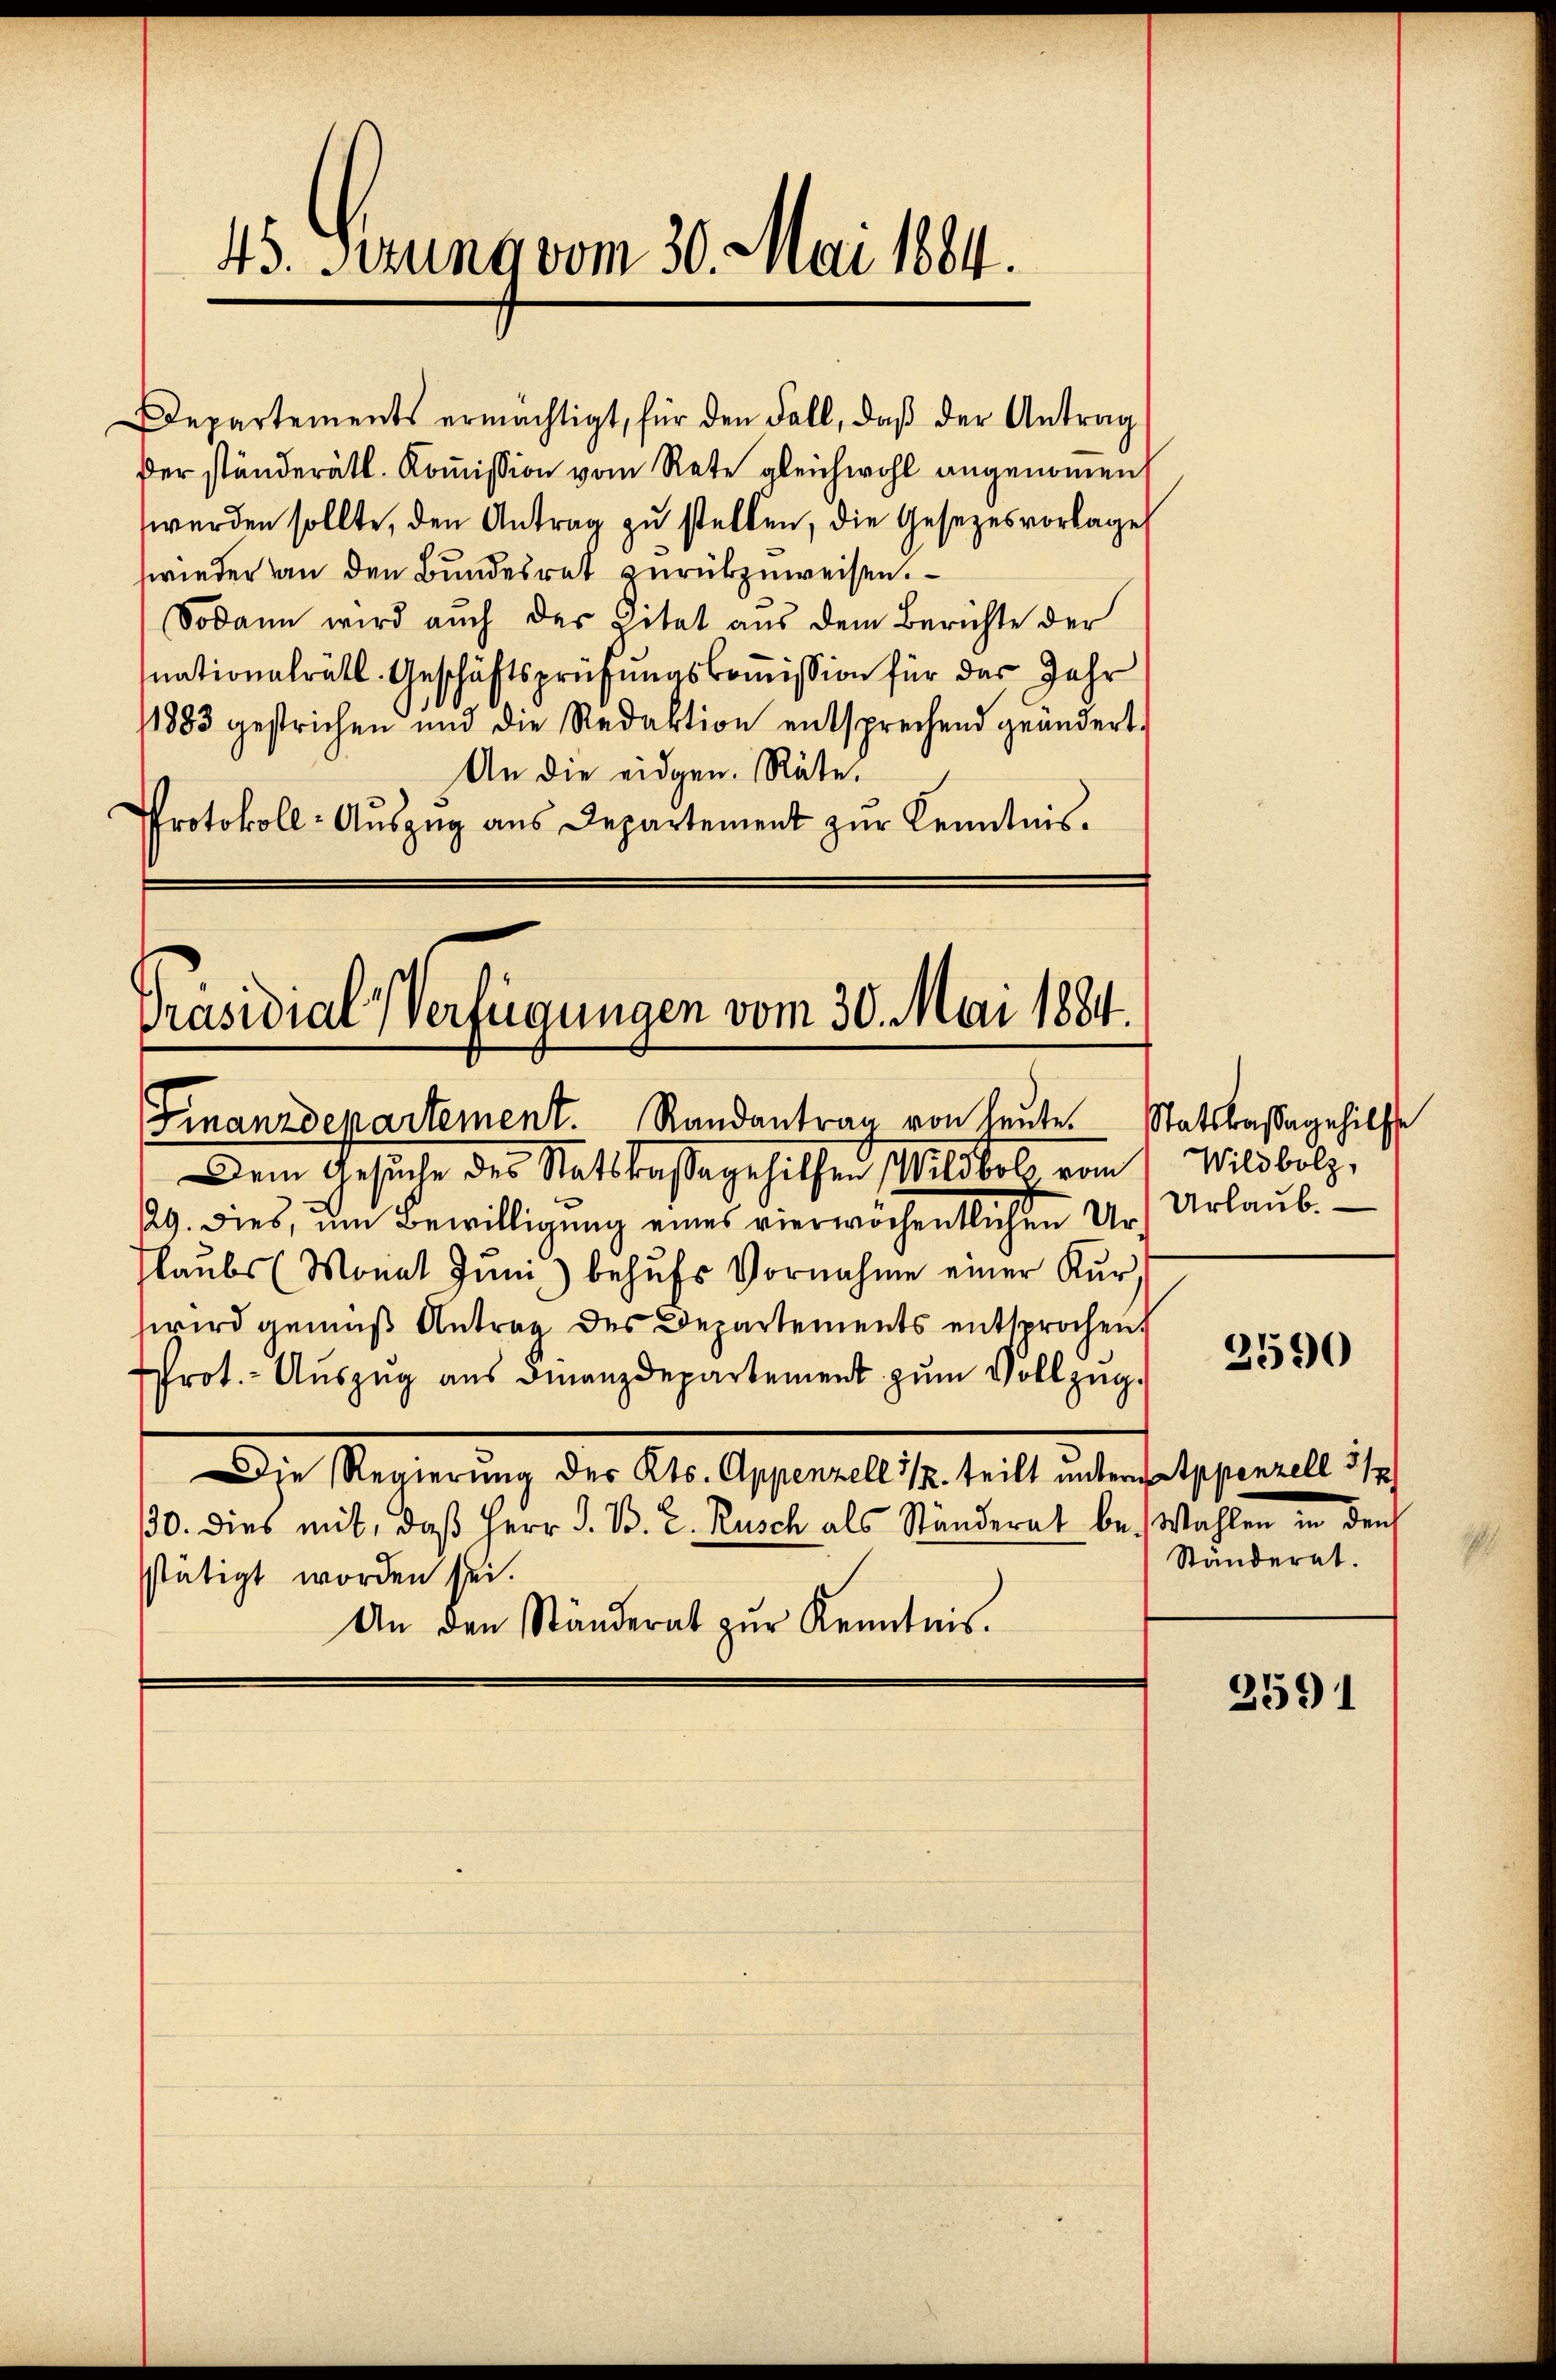
45. Gerung vom 30. Mai 1884.

Departements ermächtigt, für den Fall, daβ der Antrag
Der ständerätl. Kommission vom Rate gleichwohl angenommen,
werden sollte, den Antrag zu stellen, die Gesezesvorlage
wieder an den Bundesrat zurükzuweisen.
Sodann wird auch der Zitat aus dem Berichte der
nationalrätl. Geschäftsprüfungskoṁission für das Jahr
1883 gestrichen und die Redaktion entsprechend geändert.
An die eidgen. Räte.
Protokoll-Auszug aus Departement zur Kenntnis.

Präsidial-Verfügungen vom 30. Mai 1884.
Finanzdepartement Randantrag von heute. Statskassagehilfe

Dem Gesuche des Ratskassagehilfen Wildbol vom
29. dies, um Bewilligung eines vierwöchentlichen Urs Urlaub.
laŭbs (Monat Jŭni behŭfs Vornahme einer Kŭr,
wird gemäß Antrag des Departements entsprochen.
Prot. - Auszug aus Finanzdepartement zum Vollzug¬
Die Regierung des Kts. Appenzell 1/2. teilt untern Appenzell 317
30. dies mit, daß Herr J. B. 2. Rusch als Ständerat bei Wahlen in den
stätigt worden sei.
An den Ständerat zŭr Kenntnis.

Wildbolz,

2590

Ständeret.

2591